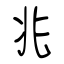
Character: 兆